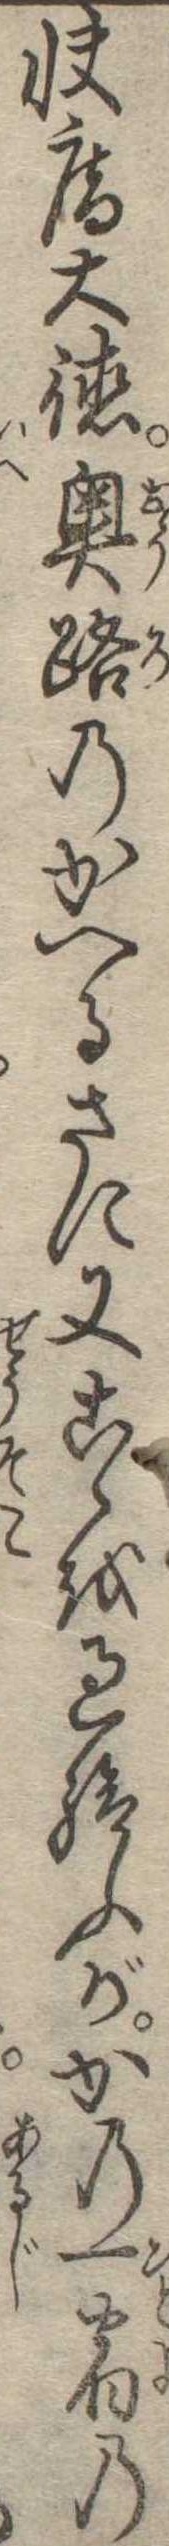
快庵大徳奥路のかへるさに又こゝを過給ふがかの一宿の